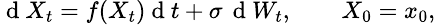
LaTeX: \small\mathrm{~d~}X_{t}=f(X_{t})\mathrm{~d~}t+\sigma\, \mathrm{~d~}W_{t},\qquad X_{0}=x_{0},